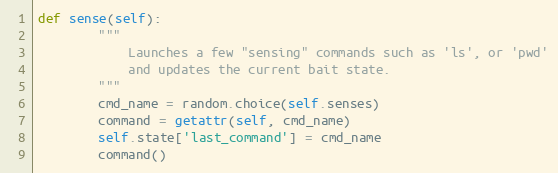
Language: Python
def sense(self):
        """
            Launches a few "sensing" commands such as 'ls', or 'pwd'
            and updates the current bait state.
        """
        cmd_name = random.choice(self.senses)
        command = getattr(self, cmd_name)
        self.state['last_command'] = cmd_name
        command()